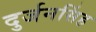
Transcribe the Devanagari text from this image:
दुर्जनसिंह